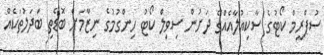
ސުޕްރީމް ކޯޓުގެ ސާކިއުލާއެއްގެ ދަށުން ސިވިލް ކޯޓު ހިންގުމުގެ ނިޒާމަށް ބޮޑެތި ބަދަލުތަކެއް